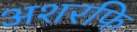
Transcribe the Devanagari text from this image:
अशरफि